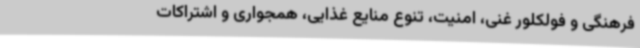
فرهنگی و فولکلور غنی، امنیت، تنوع منایع غذایی، همجواری و اشتراکات